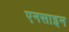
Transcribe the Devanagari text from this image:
एनसाइन